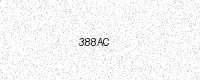
Text: 388AC